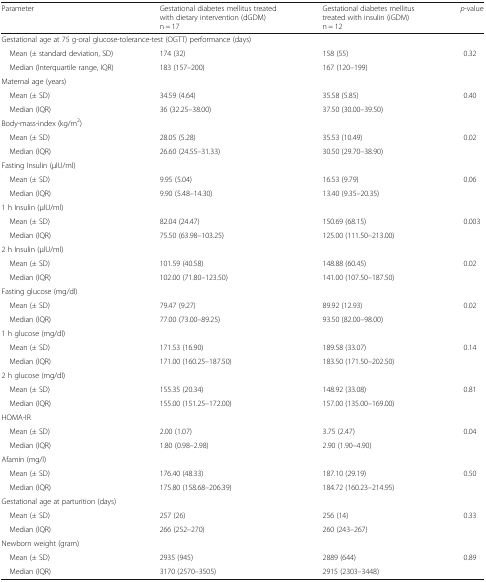
<table><thead><tr><td><b>Parameter</b></td><td><b>Gestational diabetes mellitus treated with dietary intervention (dGDM)n = 17</b></td><td><b>Gestational diabetes mellitus treated with insulin (iGDM)n = 12</b></td><td><b><i>p</i>-value</b></td></tr></thead><tbody><tr><td colspan="4">Gestational age at 75 g-oral glucose-tolerance-test (OGTT) performance (days)</td></tr><tr><td> Mean (± standard deviation, SD)</td><td>174 (32)</td><td>158 (55)</td><td rowspan="2">0.32</td></tr><tr><td> Median (Interquartile range, IQR)</td><td>183 (157–200)</td><td>167 (120–199)</td></tr><tr><td colspan="4">Maternal age (years)</td></tr><tr><td> Mean (± SD)</td><td>34.59 (4.64)</td><td>35.58 (5.85)</td><td rowspan="2">0.40</td></tr><tr><td> Median (IQR)</td><td>36 (32.25–38.00)</td><td>37.50 (30.00–39.50)</td></tr><tr><td colspan="4">Body-mass-index (kg/m<sup>2</sup>)</td></tr><tr><td> Mean (± SD)</td><td>28.05 (5.28)</td><td>35.53 (10.49)</td><td rowspan="2">0.02</td></tr><tr><td> Median (IQR)</td><td>26.60 (24.55–31.33)</td><td>30.50 (29.70–38.90)</td></tr><tr><td colspan="4">Fasting Insulin (μlU/ml)</td></tr><tr><td> Mean (± SD)</td><td>9.95 (5.04)</td><td>16.53 (9.79)</td><td rowspan="2">0.06</td></tr><tr><td> Median (IQR)</td><td>9.90 (5.48–14.30)</td><td>13.40 (9.35–20.35)</td></tr><tr><td colspan="4">1 h Insulin (μlU/ml)</td></tr><tr><td> Mean (± SD)</td><td>82.04 (24.47)</td><td>150.69 (68.15)</td><td rowspan="2">0.003</td></tr><tr><td> Median (IQR)</td><td>75.50 (63.98–103.25)</td><td>125.00 (111.50–213.00)</td></tr><tr><td colspan="4">2 h Insulin (μlU/ml)</td></tr><tr><td> Mean (± SD)</td><td>101.59 (40.58)</td><td>148.88 (60.45)</td><td rowspan="2">0.02</td></tr><tr><td> Median (IQR)</td><td>102.00 (71.80–123.50)</td><td>141.00 (107.50–187.50)</td></tr><tr><td colspan="4">Fasting glucose (mg/dl)</td></tr><tr><td> Mean (± SD)</td><td>79.47 (9.27)</td><td>89.92 (12.93)</td><td rowspan="2">0.02</td></tr><tr><td> Median (IQR)</td><td>77.00 (73.00–89.25)</td><td>93.50 (82.00–98.00)</td></tr><tr><td colspan="4">1 h glucose (mg/dl)</td></tr><tr><td> Mean (± SD)</td><td>171.53 (16.90)</td><td>189.58 (33.07)</td><td rowspan="2">0.14</td></tr><tr><td> Median (IQR)</td><td>171.00 (160.25–187.50)</td><td>183.50 (171.50–202.50)</td></tr><tr><td colspan="4">2 h glucose (mg/dl)</td></tr><tr><td> Mean (± SD)</td><td>155.35 (20.34)</td><td>148.92 (33.08)</td><td rowspan="2">0.81</td></tr><tr><td> Median (IQR)</td><td>155.00 (151.25–172.00)</td><td>157.00 (135.00–169.00)</td></tr><tr><td colspan="4">HOMA-IR</td></tr><tr><td> Mean (± SD)</td><td>2.00 (1.07)</td><td>3.75 (2.47)</td><td rowspan="2">0.04</td></tr><tr><td> Median (IQR)</td><td>1.80 (0.98–2.98)</td><td>2.90 (1.90–4.90)</td></tr><tr><td colspan="4">Afamin (mg/l)</td></tr><tr><td> Mean (± SD)</td><td>176.40 (48.33)</td><td>187.10 (29.19)</td><td rowspan="2">0.50</td></tr><tr><td> Median (IQR)</td><td>175.80 (158.68–206.39)</td><td>184.72 (160.23–214.95)</td></tr><tr><td colspan="4">Gestational age at parturition (days)</td></tr><tr><td> Mean (± SD)</td><td>257 (26)</td><td>256 (14)</td><td rowspan="2">0.33</td></tr><tr><td> Median (IQR)</td><td>266 (252–270)</td><td>260 (243–267)</td></tr><tr><td colspan="4">Newborn weight (gram)</td></tr><tr><td> Mean (± SD)</td><td>2935 (945)</td><td>2889 (644)</td><td rowspan="2">0.89</td></tr><tr><td> Median (IQR)</td><td>3170 (2570–3505)</td><td>2915 (2303–3448)</td></tr></tbody></table>